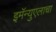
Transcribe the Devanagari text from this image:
इमॅन्युएलाचा